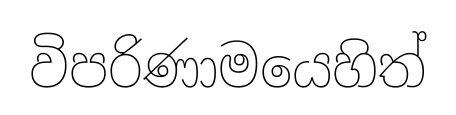
විපරිණාමයෙහිත්